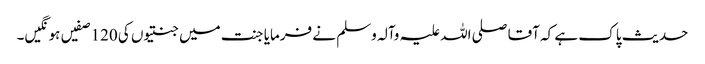
حدیث پاک ہے کہ آقا صلی اللہ علیہ وآلہ وسلم نے فرمایا جنت میں جنتیوں کی 120 صفیں ہو نگیں۔